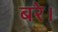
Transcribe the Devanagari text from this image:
बरे।